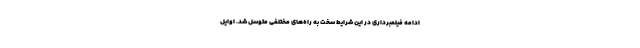
ادامه فیلمبرداری در این شرایط سخت به راه‌های مختلفی متوسل شد. اوایل